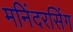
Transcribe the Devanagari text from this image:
मनिंदरसिंग